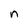
Character: n